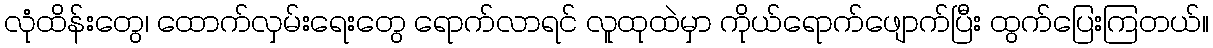
လုံထိန်းတွေ၊ ထောက်လှမ်းရေးတွေ ရောက်လာရင် လူထုထဲမှာ ကိုယ်ရောက်ဖျောက်ပြီး ထွက်ပြေးကြတယ်။